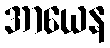
အာယေန